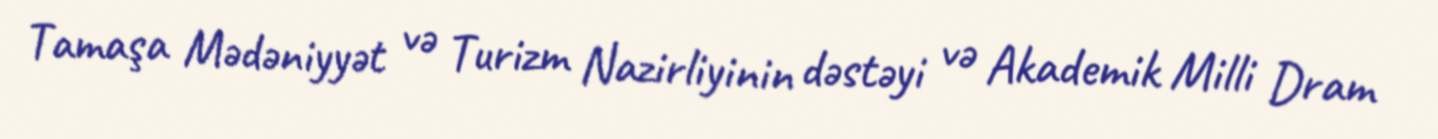
Tamaşa Mədəniyyət və Turizm Nazirliyinin dəstəyi və Akademik Milli Dram